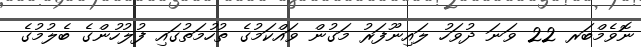
ނޮވެމްބަރ 22 ވަނަ ދުވަހު ލައިނޫފަރު މަގުން ވައްކަމުގެ ތުހުމަތުގައި ފުލުހުންގެ ބެލުމުގެ